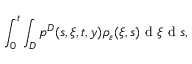
\int _ { 0 } ^ { t } \int _ { D } p ^ { D } ( s , \xi , t , y ) \rho _ { \varepsilon } ( \xi , s ) \textrm { d } \xi \textrm { d } s ,